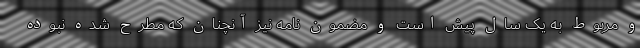
و مربوط به یک سال پیش است و مضمون نامه نیز آنچنان که مطرح شده نبوده